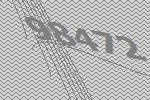
98472